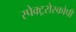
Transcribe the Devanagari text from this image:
स्पेक्ट्ररोस्कोपी